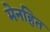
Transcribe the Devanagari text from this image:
मेनहित